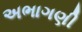
અભાગણી